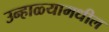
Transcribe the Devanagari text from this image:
उन्हाळ्यामधील